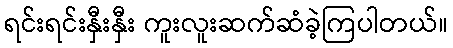
ရင်းရင်းနှီးနှီး ကူးလူးဆက်ဆံခဲ့ကြပါတယ်။